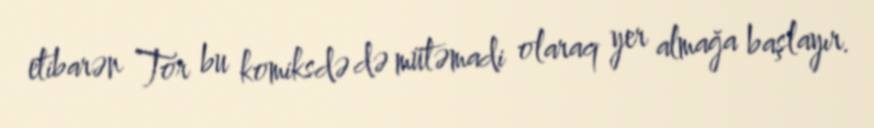
etibarən Tor bu komiksdə də mütəmadi olaraq yer almağa başlayır.